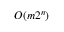
O ( m 2 ^ { n } )